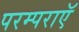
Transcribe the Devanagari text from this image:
परम्पराएॅ